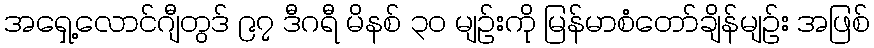
အရှေ့လောင်ဂျီတွဒ် ၉၇ ဒီဂရီ မိနစ် ၃၀ မျဉ်းကို မြန်မာစံတော်ချိန်မျဉ်း အဖြစ်